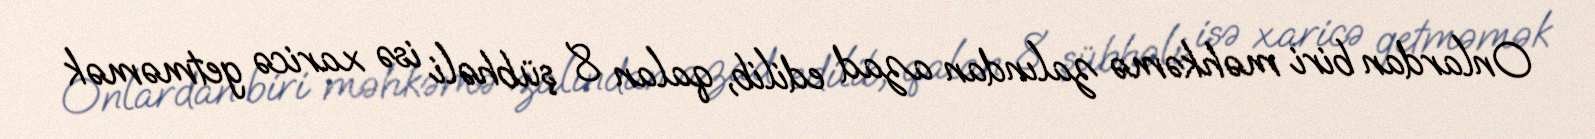
Onlardan biri məhkəmə zalından azad edilib, qalan 8 şübhəli isə xaricə getməmək